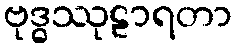
ဗုဒ္ဓဿုဠာရတာ